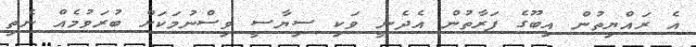
އެ ރައްޔިތުން އިބޫގެ ފަރާތުން އެދެނީ ވަކި ސިޔާސީ ވިސްނުމަކަށް ބުރަވުމެއް ނެތި